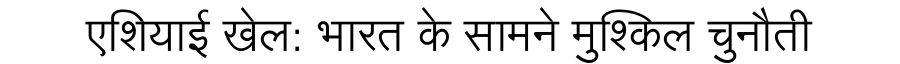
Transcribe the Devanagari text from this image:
एशियाई खेल: भारत के सामने मुश्किल चुनौती